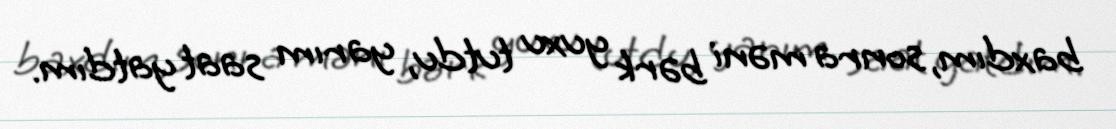
baxdım, sonra məni bərk yuxu tutdu, yarım saat yatdım.